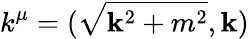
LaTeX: k^{\mu}=(\sqrt{\mathbf{k}^{2}+m^{2}},\mathbf{k})